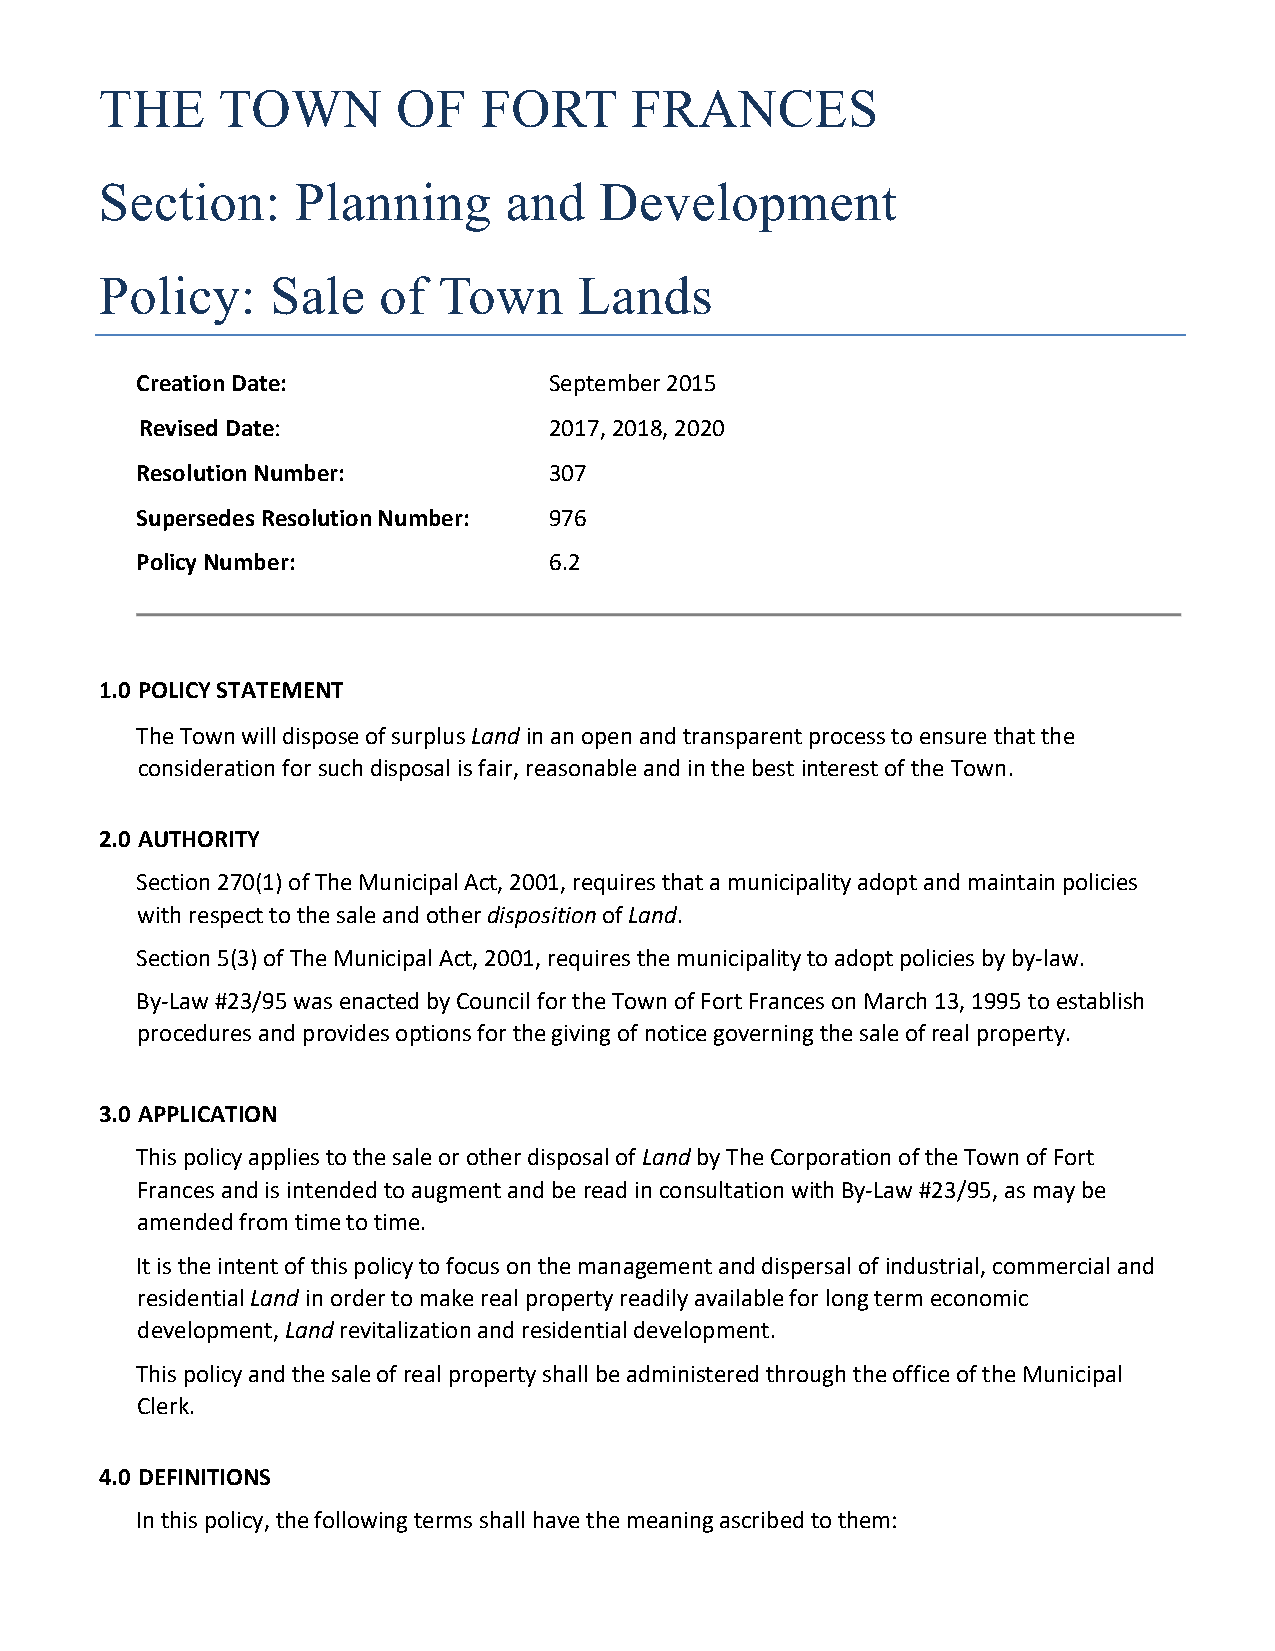
THE    TOWN        OF    FORT      FRANCES
 Section:     Planning     and    Development
 Policy:    Sale   of  Town     Lands
 Creation Date:             September 2015
 Revised Date:              2017, 2018, 2020
 Resolution Number:         307
 Supersedes Resolution Number: 976
 Policy Number:             6.2
 1.0 POLICY STATEMENT
 The Town will dispose of surplus Land in an open and transparent process to ensure that the
 consideration for such disposal is fair, reasonable and in the best interest of the Town.
 2.0 AUTHORITY
 Section 270(1) of The Municipal Act, 2001, requires that a municipality adopt and maintain policies
 with respect to the sale and other disposition of Land.
 Section 5(3) of The Municipal Act, 2001, requires the municipality to adopt policies by by‐law.
 By‐Law #23/95 was enacted by Council for the Town of Fort Frances on March 13, 1995 to establish
 procedures and provides options for the giving of notice governing the sale of real property.
 3.0 APPLICATION
 This policy applies to the sale or other disposal of Land by The Corporation of the Town of Fort
 Frances and is intended to augment and be read in consultation with By‐Law #23/95, as may be
 amended from time to time.
 It is the intent of this policy to focus on the management and dispersal of industrial, commercial and
 residential Land in order to make real property readily available for long term economic
 development, Land revitalization and residential development.
 This policy and the sale of real property shall be administered through the office of the Municipal
 Clerk.
 4.0 DEFINITIONS
 In this policy, the following terms shall have the meaning ascribed to them: